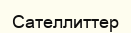
Сателлиттер